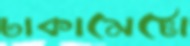
ঢাকামেট্টো